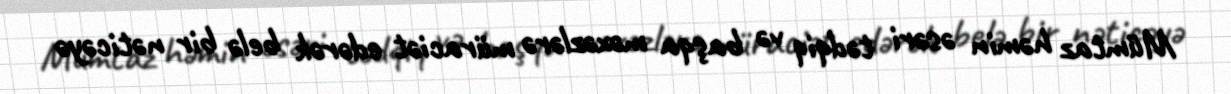
Mümtaz həmin əsəri tədqiq və başqa məxəzlərə müraciət edərək belə bir nəticəyə